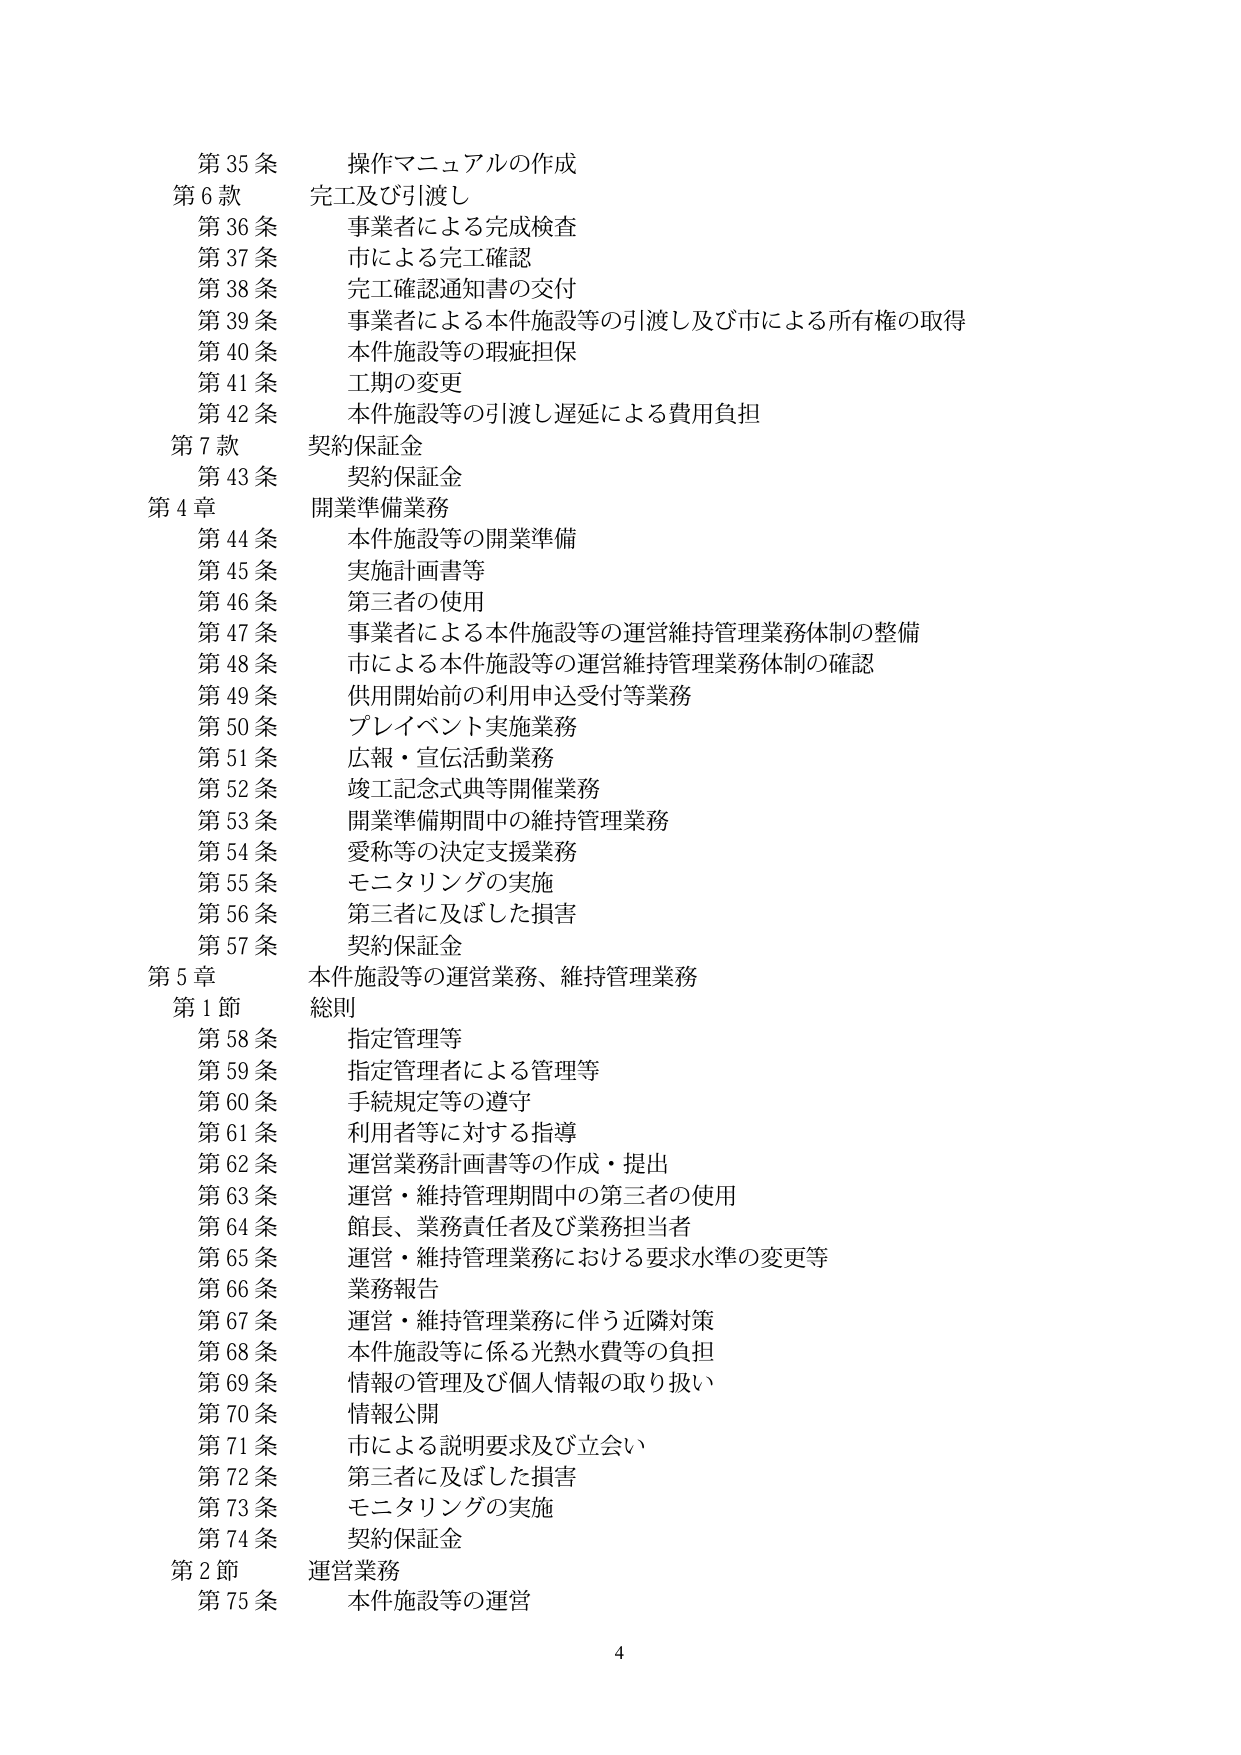
第35条 操作マニュアルの作成
第6款 完工及び引渡し
第36条 事業者による完成検査
第37条 市による完工確認
第38条 完工確認通知書の交付
第39条 事業者による本件施設等の引渡し及び市による所有権の取得
第40条 本件施設等の瑕疵担保
第41条 工期の変更
第42条 本件施設等の引渡し遅延による費用負担
第7款 契約保証金
第43条 契約保証金
第4章 開業準備業務
第44条 本件施設等の開業準備
第45条 実施計画書等
第46条 第三者の使用
第47条 事業者による本件施設等の運営維持管理業務体制の整備
第48条 市による本件施設等の運営維持管理業務体制の確認
第49条 供用開始前の利用申込受付等業務
第50条 プレイベント実施業務
第51条 広報・宣伝活動業務
第52条 竣工記念式典等開催業務
第53条 開業準備期間中の維持管理業務
第54条 愛称等の決定支援業務
第55条 モニタリングの実施
第56条 第三者に及ぼした損害
第57条 契約保証金
第5章 本件施設等の運営業務、維持管理業務
第1節 総則
第58条 指定管理等
第59条 指定管理者による管理等
第60条 手続規定等の遵守
第61条 利用者等に対する指導
第62条 運営業務計画書等の作成・提出
第63条 運営・維持管理期間中の第三者の使用
第64条 館長、業務責任者及び業務担当者
第65条 運営・維持管理業務における要求水準の変更等
第66条 業務報告
第67条 運営・維持管理業務に伴う近隣対策
第68条 本件施設等に係る光熱水費等の負担
第69条 情報の管理及び個人情報の取り扱い
第70条 情報公開
第71条 市による説明要求及び立会い
第72条 第三者に及ぼした損害
第73条 モニタリングの実施
第74条 契約保証金
第2節 運営業務
第75条 本件施設等の運営
4